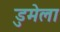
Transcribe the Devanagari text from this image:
डुमेला